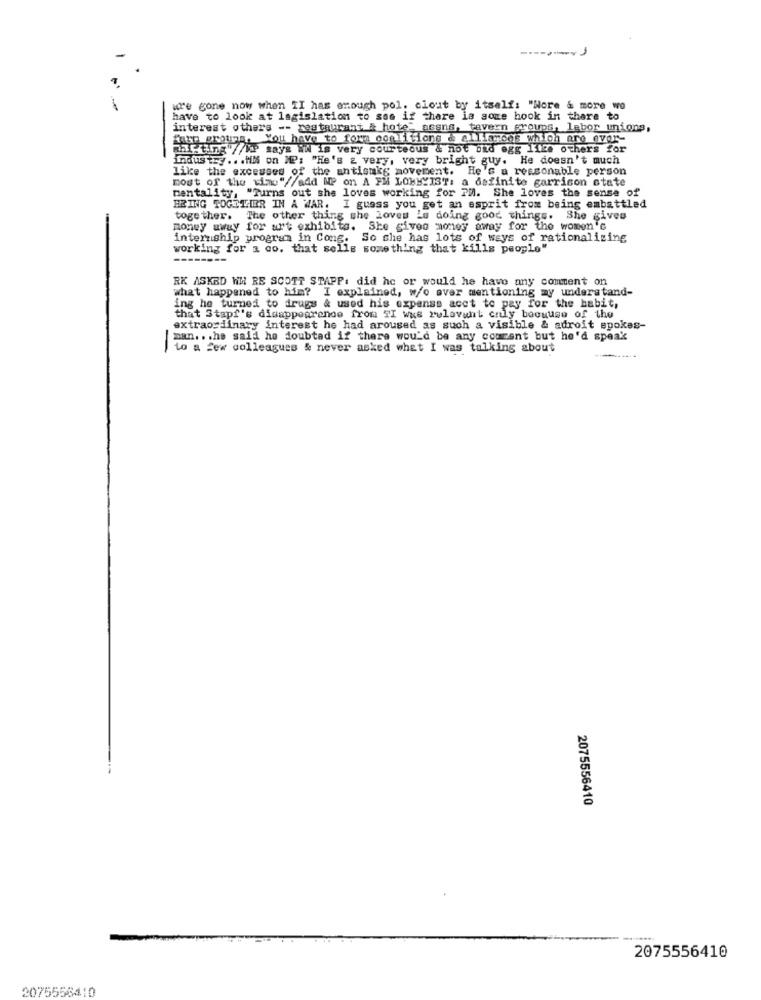
------- 1
re gone now when II has enough pol. clout by itself: "Nore & more wo
have to look at lagislation to see if there is some hook in there to
-
interest others -- restaurant & hotel assns, tavern groups, labor unions,
Make groups. You have to form conditions & alliances which are over-
Rafting //AP says in is very courteous & not oid egg like others !
industry ... HM on MP: "He's & very, very bright guy. He doesn't much
like the excesses of the antisukg movement. He's a reasonable person
most of the time"//add MP on A FM LOBBYIST: a definite garrison state
mentality, "Turns out she loves working for PM. She loves the sense of
BRING TOGETHER IN A WAR. I guess you get an esprit from being embattled
together. The other thing she Loves is doing good things. She gives
money away for art exhibits. She gives money away for the women's
internship program in Cong. So she has lots of ways of rationalizing
working for a do. that sells something that kills people"
--------
RK ASKED WW RE SCOTT STAPP: did hc or would he have any comment on
what happened to him? I explained, w/o ever mentioning my understand-
ing he turned to drugs & used his expense acet to pay for the habit,
that Stapf's disappearance from TI was relevant only boouuse of the
extraordinary interest he had aroused as such a visible & adroit spokes-
man .. . he said he doubtad if there would be any courant but he'd speak
-
to a few colleagues & never asked what I was talking about
2075556410
2075556410
2075556410